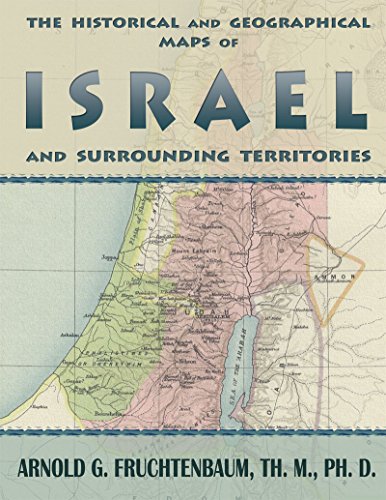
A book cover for Maps of Israel; Dr. Arnold G. Fruchtenbaum; Travel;